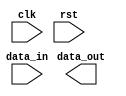
module Ethernet_bus_controller (
    input wire clk,
    input wire rst,
    input wire data_in,
    output wire data_out
);

// Timing and synchronization logic goes here

endmodule